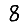
Digit: 8